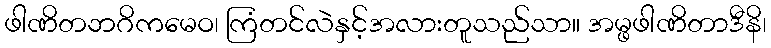
ဖါဏိတဘဂိကမေဝ၊ ကြံတင်လဲနှင့်အလားတူသည်သာ။ အမ္ဖဖါဏိတာဒီနိ၊